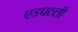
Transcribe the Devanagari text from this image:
एडपल्ली